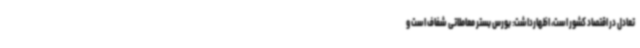
تعادل در اقتصاد کشور است، اظهارداشت: بورس بستر معاملاتی شفاف است و